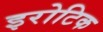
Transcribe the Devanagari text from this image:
इरोटिक